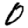
Digit: 0